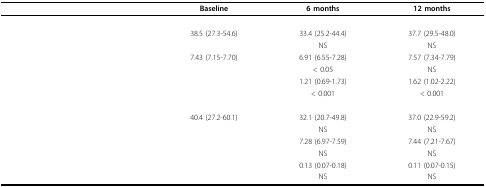
<table><thead><tr><td>[EMPTY_CELL]</td><td><b>Baseline</b></td><td><b>6 months</b></td><td><b>12 months</b></td></tr></thead><tbody><tr><td>[EMPTY_CELL]</td><td>[EMPTY_CELL]</td><td>[EMPTY_CELL]</td><td>[EMPTY_CELL]</td></tr><tr><td>[EMPTY_CELL]</td><td>38.5 (27.3-54.6)</td><td>33.4 (25.2-44.4)</td><td>37.7 (29.5-48.0)</td></tr><tr><td>[EMPTY_CELL]</td><td>[EMPTY_CELL]</td><td>NS</td><td>NS</td></tr><tr><td>[EMPTY_CELL]</td><td>7.43 (7.15-7.70)</td><td>6.91 (6.55-7.28)</td><td>7.57 (7.34-7.79)</td></tr><tr><td>[EMPTY_CELL]</td><td>[EMPTY_CELL]</td><td>&lt; 0.05</td><td>NS</td></tr><tr><td>[EMPTY_CELL]</td><td>[EMPTY_CELL]</td><td>1.21 (0.69-1.73)</td><td>1.62 (1.02-2.22)</td></tr><tr><td>[EMPTY_CELL]</td><td>[EMPTY_CELL]</td><td>&lt; 0.001</td><td>&lt; 0.001</td></tr><tr><td>[EMPTY_CELL]</td><td>[EMPTY_CELL]</td><td>[EMPTY_CELL]</td><td>[EMPTY_CELL]</td></tr><tr><td>[EMPTY_CELL]</td><td>40.4 (27.2-60.1)</td><td>32.1 (20.7-49.8)</td><td>37.0 (22.9-59.2)</td></tr><tr><td>[EMPTY_CELL]</td><td>[EMPTY_CELL]</td><td>NS</td><td>NS</td></tr><tr><td>[EMPTY_CELL]</td><td>[EMPTY_CELL]</td><td>7.28 (6.97-7.59)</td><td>7.44 (7.21-7.67)</td></tr><tr><td>[EMPTY_CELL]</td><td>[EMPTY_CELL]</td><td>NS</td><td>NS</td></tr><tr><td>[EMPTY_CELL]</td><td>[EMPTY_CELL]</td><td>0.13 (0.07-0.18)</td><td>0.11 (0.07-0.15)</td></tr><tr><td>[EMPTY_CELL]</td><td>[EMPTY_CELL]</td><td>NS</td><td>NS</td></tr></tbody></table>